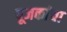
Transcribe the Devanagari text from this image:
पूजकांचा